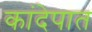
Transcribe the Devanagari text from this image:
कांदेपात